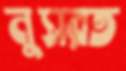
নুসরত